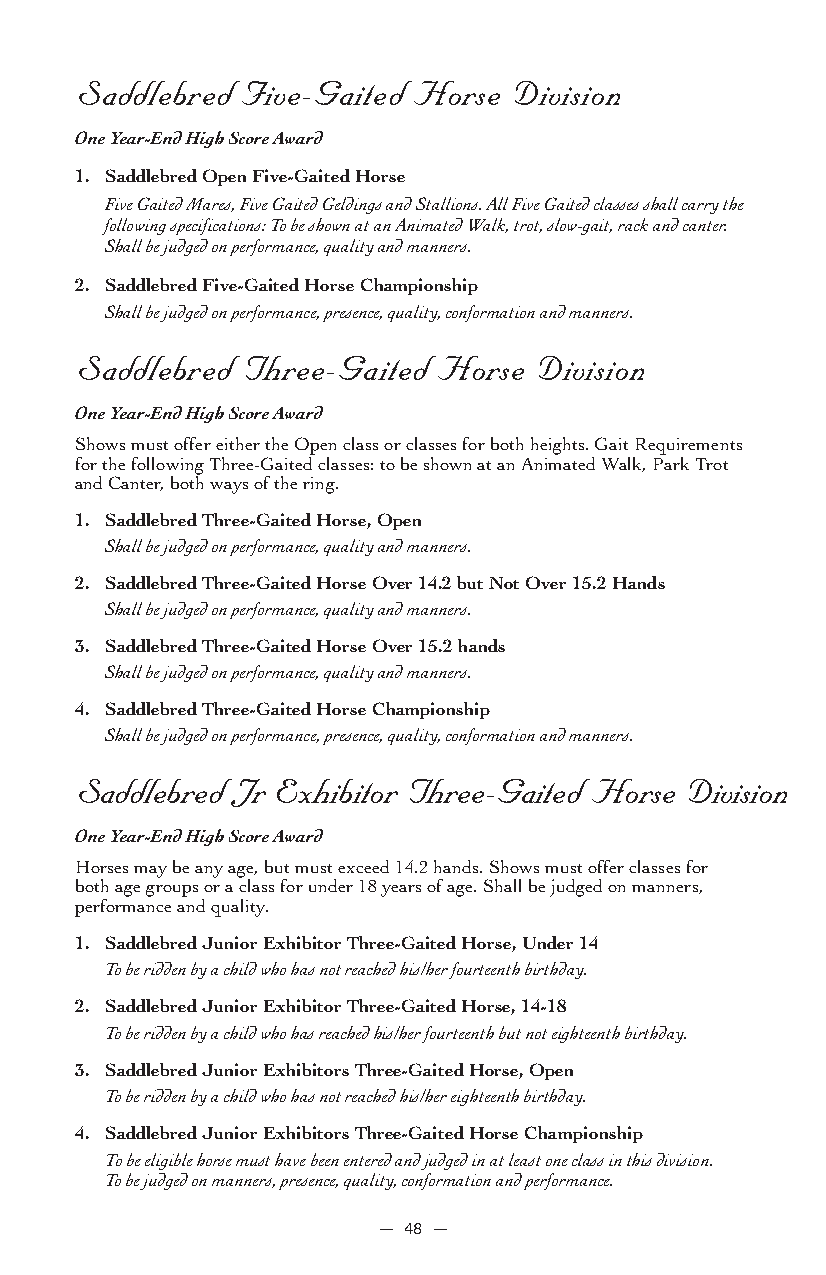
Saddlebred Five-Gaited Horse Division
 One Year-End High Score Award
 1. Saddlebred Open Five-Gaited Horse
 Five Gaited Mares, Five Gaited Geldings and Stallions. All Five Gaited classes shall carry the
 following specifications: To be shown at an Animated Walk, trot, slow-gait, rack and canter.
 Shall be judged on performance, quality and manners.
 2. Saddlebred Five-Gaited Horse Championship
 Shall be judged on performance, presence, quality, conformation and manners.
 Saddlebred Three-Gaited Horse Division
 One Year-End High Score Award
 Shows must offer either the Open class or classes for both heights. Gait Requirements
 for the following Three-Gaited classes: to be shown at an Animated Walk, Park Trot
 and Canter, both ways of the ring.
 1. Saddlebred Three-Gaited Horse, Open
 Shall be judged on performance, quality and manners.
 2. Saddlebred Three-Gaited Horse Over 14.2 but Not Over 15.2 Hands
 Shall be judged on performance, quality and manners.
 3. Saddlebred Three-Gaited Horse Over 15.2 hands
 Shall be judged on performance, quality and manners.
 4. Saddlebred Three-Gaited Horse Championship
 Shall be judged on performance, presence, quality, conformation and manners.
 Saddlebred Jr Exhibitor Three-Gaited Horse Division
 One Year-End High Score Award
 Horses may be any age, but must exceed 14.2 hands. Shows must offer classes for
 both age groups or a class for under 18 years of age. Shall be judged on manners,
 performance and quality.
 1. Saddlebred Junior Exhibitor Three-Gaited Horse, Under 14
 To be ridden by a child who has not reached his/her fourteenth birthday.
 2. Saddlebred Junior Exhibitor Three-Gaited Horse, 14-18
 To be ridden by a child who has reached his/her fourteenth but not eighteenth birthday.
 3. Saddlebred Junior Exhibitors Three-Gaited Horse, Open
 To be ridden by a child who has not reached his/her eighteenth birthday.
 4. Saddlebred Junior Exhibitors Three-Gaited Horse Championship
 To be eligible horse must have been entered and judged in at least one class in this division.
 To be judged on manners, presence, quality, conformation and performance.
 — 48 —